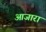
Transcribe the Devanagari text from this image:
आजारां